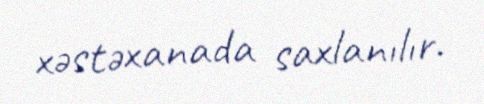
xəstəxanada saxlanılır.